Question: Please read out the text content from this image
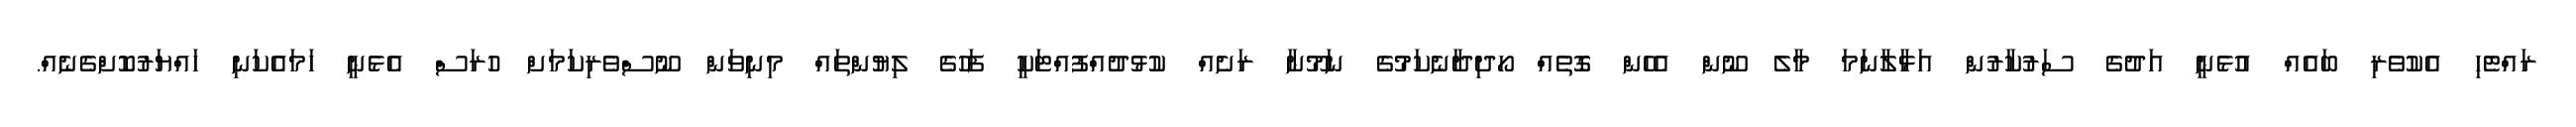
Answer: ރައްޓެހި އެކުވެރި ބައެއް އުޅެނީ އަދުގެ ސަރުކާރުން އަޅާލާނަމަ މާލެ ނޫން އެހެން ގޮތެއް ހޯދިދާނެކަމުގެ ނަމޫނާ ރަށެއް ކުޅުދުއްފުއްޓަކީ ފަހުގެ ލިޔުންތައް މިނިވަން ނޫސްވެރިކަމަށް ހުރަސް އެޅެނީ ހަމައެކަނި ހައްޔަރުކޮށްގެނެއް.